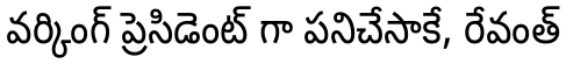
వర్కింగ్ ప్రెసిడెంట్ గా పనిచేసాకే, రేవంత్